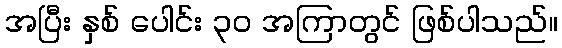
အပြီး နှစ် ပေါင်း ၃၀ အကြာတွင် ဖြစ်ပါသည်။